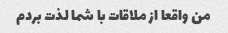
من واقعا از ملاقات با شما لذت بردم